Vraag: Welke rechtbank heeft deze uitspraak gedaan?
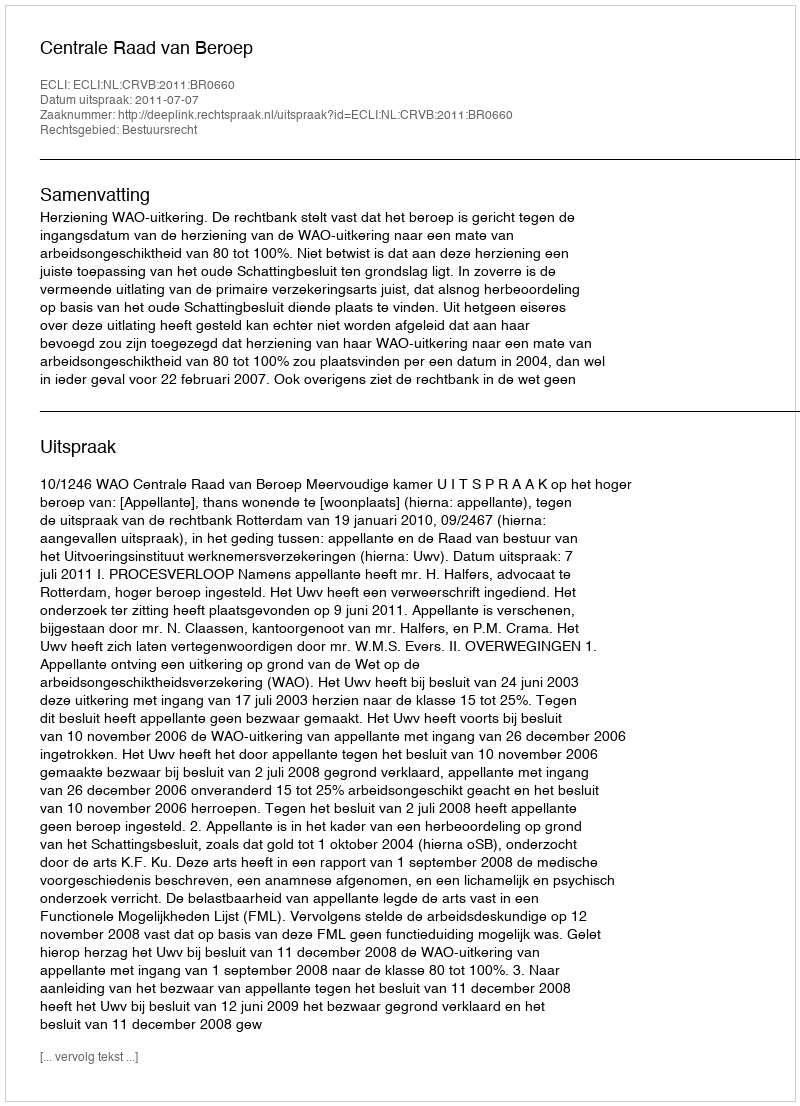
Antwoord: Centrale Raad van Beroep